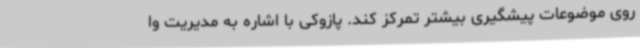
روی موضوعات پیشگیری بیشتر تمرکز کند. پازوکی با اشاره به مدیریت وا